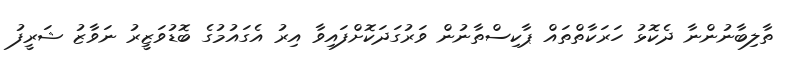
ތާލިބާނުންނާ ދެކޮޅު ހަރަކާތްތައް ޕާކިސްތާނުން ވަރުގަދަކޮށްފައިވާ އިރު އެގައުމުގެ ބޮޑުވަޒީރު ނަވާޒު ޝަރީފު